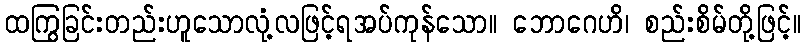
ထကြွခြင်းတည်းဟူသောလုံ့လဖြင့်ရအပ်ကုန်သော။ ဘောဂေဟိ၊ စည်းစိမ်တို့ဖြင့်။